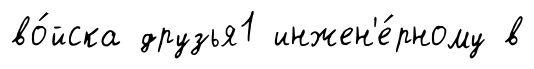
во́йска друзья1 инжен'е́рному в